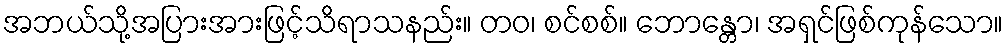
အဘယ်သို့အပြားအားဖြင့်သိရာသနည်း။ တဝ၊ စင်စစ်။ ဘောန္တော၊ အရှင်ဖြစ်ကုန်သော။